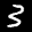
Label: 3